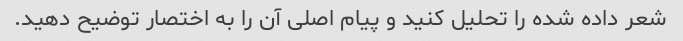
شعر داده شده را تحلیل کنید و پیام اصلی آن را به اختصار توضیح دهید.